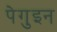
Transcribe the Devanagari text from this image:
पेगुइन